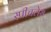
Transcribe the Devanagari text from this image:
स्‍पीचलेस